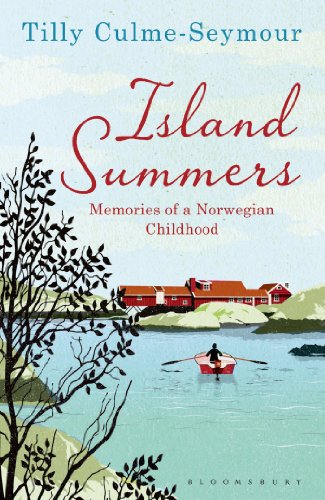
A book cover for Island Summers: Memories of a Norwegian Childhood; Tilly Culme-Seymour; Biographies & Memoirs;